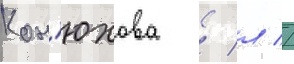
Кон'юхова / л //